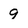
Character: 9